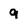
Character: 9